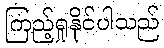
ကြည့်ရှုနိုင်ပါသည်